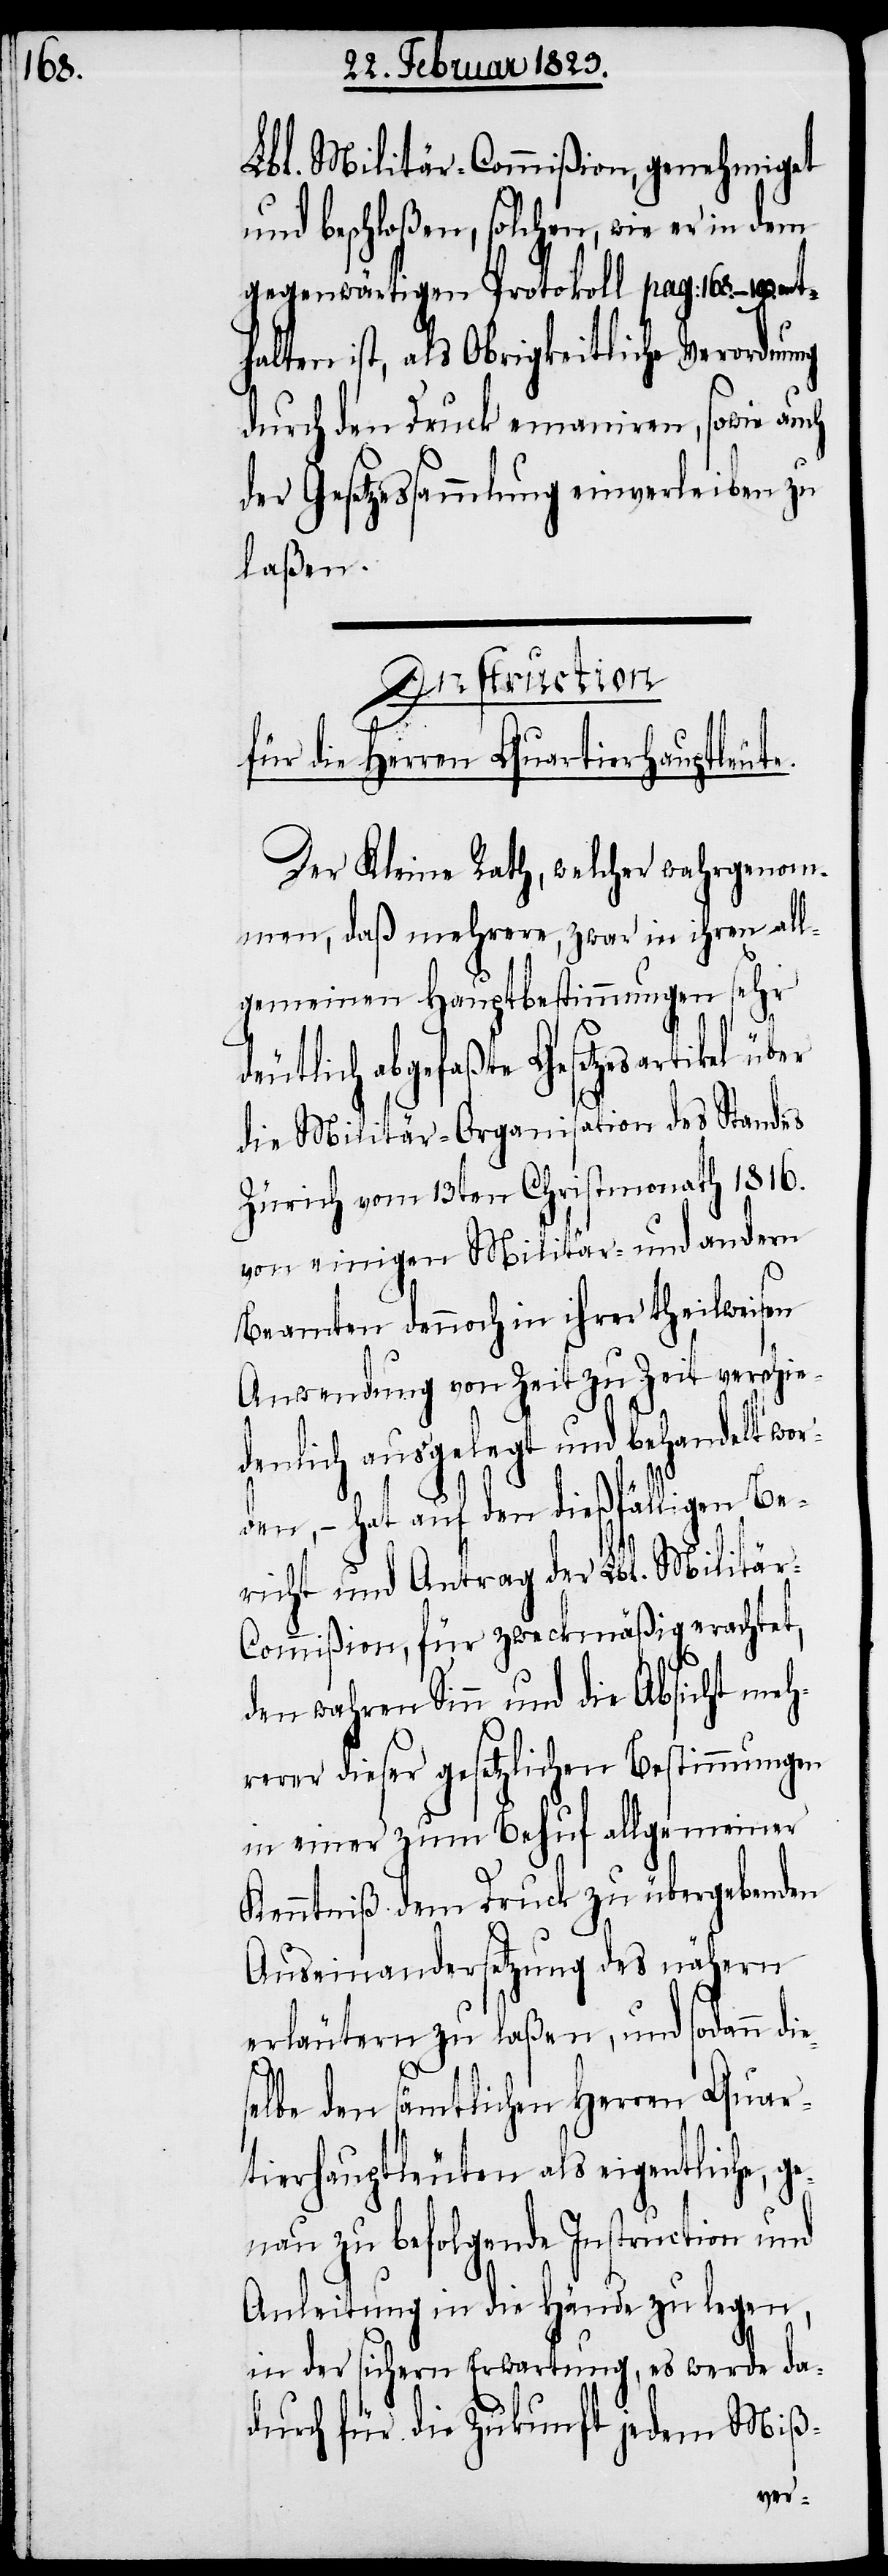
Lbl. Militär-Commißion, genehmiget
und beschloßen, solchen, wie er in dem
gegenwärtigen Protokoll pag: 168.–193. ent¬
halten ist, als Obrigkeitliche Verordnung
durch den Druck emaniren, sowie auch
der Gesetzessammlung einverleiben zu
laßen.
Instruction
für die Herren Quartierhauptleute.
Der Kleine Rath, welcher wahrgenom¬
men, daß mehrere, zwar in ihren all¬
gemeinen Hauptbestimmungen sehr
deutlich abgefaßte Gesetzesartikel über
die Militär-Organisation des Standes
Zürich vom 13ten Christmonath 1816.
von einigen Militär- und andern
Beamten dennoch in ihrer theilweisen
Anwendung von Zeit zu Zeit verschie¬
denlich ausgelegt und behandelt word¬
en, – hat auf den dießfälligen Be¬
richt und Antrag der Lbl. Militär-C¬
ommißion, für zweckmäßig erachtet,
den wahren Sinn und die Absicht meh¬
rerer dieser gesetzlichen Bestimmungen
in einer zum Behuf allgemeiner
Kenntniß dem Druck zu übergebenden
Auseinandersetzung des nähern
erläutern zu laßen, und sodann di¬
e¬
selbe den sämtlichen Herren Quar¬
tierhauptleuten als eigentliche, g¬
enau zu befolgende Instruction und
Anleitung in die Hände zu legen,
in der sichern Erwartung, es werde da¬
durch für die Zukunft jedem Miß-